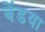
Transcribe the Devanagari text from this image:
बेंडया